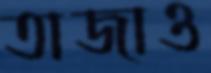
তাজাও